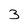
Character: 3